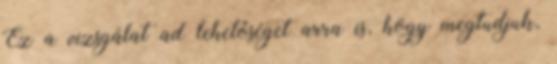
Ez a vizsgálat ad lehetőséget arra is, hogy megtudjuk,